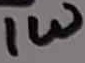
Text: 1W